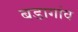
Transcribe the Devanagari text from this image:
बडागांव